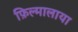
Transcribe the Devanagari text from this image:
फ़िल्मालाया